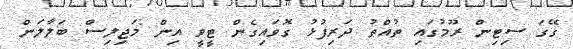
ގޭގަ ސިޓިން ރޫމުގައި ތުއްތު ދަރިފުޅު ގޮވައިގެން ޓީވީ އިން މަޖިލިސް ބަލާލަން